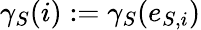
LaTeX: \gamma_{S}(i):=\gamma_{S}(e_{S,i})